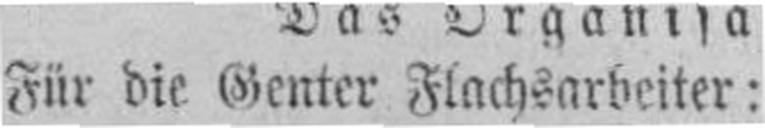
Für die Genter Flachsarbeiter: